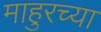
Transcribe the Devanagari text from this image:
माहुरच्या